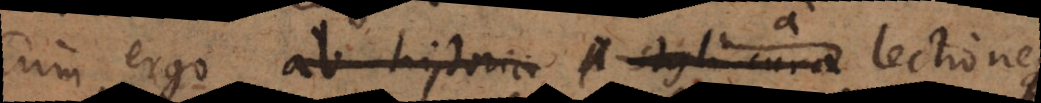
Cum ergo ab historici A Ag cuna lectione